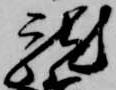
龍